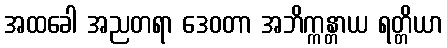
အထခေါ အညတရာ ဒေဝတာ အဘိက္ကန္တာယ ရတ္တိယာ